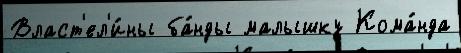
Власт'ел'и́ны ба́нды малышку Кома́нда